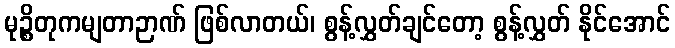
မုဉ္စိတုကမျတာဉာဏ် ဖြစ်လာတယ်၊ စွန့်လွှတ်ချင်တော့ စွန့်လွှတ် နိုင်အောင်